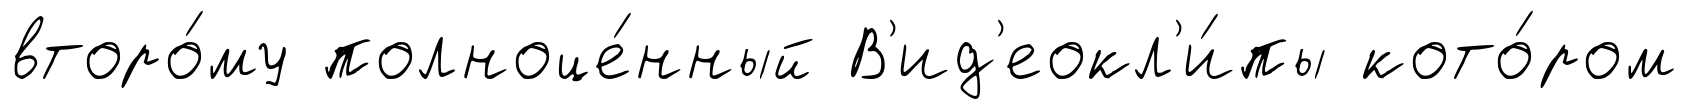
второ́му полноце́нный В'ид'еокл'и́пы кото́ром